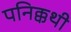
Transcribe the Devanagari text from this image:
पनिक्कथी